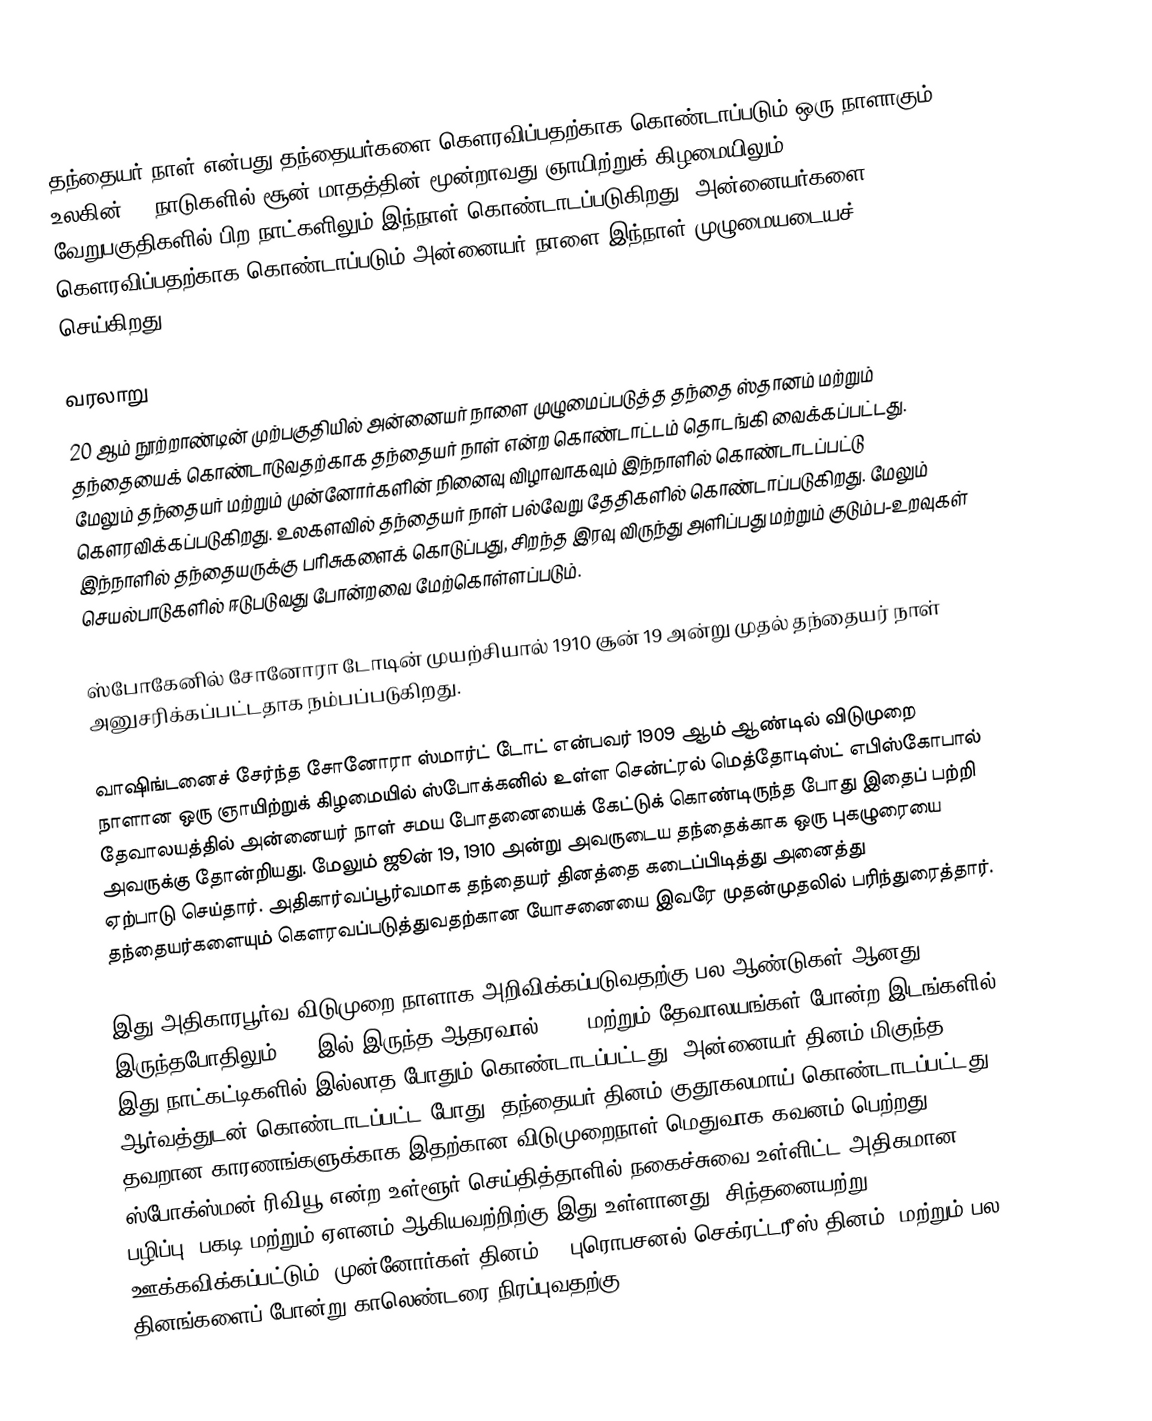
தந்தையர் நாள் என்பது தந்தையர்களை கெளரவிப்பதற்காக கொண்டாப்படும் ஒரு நாளாகும். உலகின் 52 நாடுகளில் சூன் மாதத்தின் மூன்றாவது ஞாயிற்றுக் கிழமையிலும் வேறுபகுதிகளில் பிற நாட்களிலும் இந்நாள் கொண்டாடப்படுகிறது. அன்னையர்களை கெளரவிப்பதற்காக கொண்டாப்படும் அன்னையர் நாளை இந்நாள் முழுமையடையச் செய்கிறது.

வரலாறு
20 ஆம் நூற்றாண்டின் முற்பகுதியில் அன்னையர் நாளை முழுமைப்படுத்த தந்தை ஸ்தானம் மற்றும் தந்தையைக் கொண்டாடுவதற்காக தந்தையர் நாள் என்ற கொண்டாட்டம் தொடங்கி வைக்கப்பட்டது. மேலும் தந்தையர் மற்றும் முன்னோர்களின் நினைவு விழாவாகவும் இந்நாளில் கொண்டாடப்பட்டு கெளரவிக்கப்படுகிறது. உலகளவில் தந்தையர் நாள் பல்வேறு தேதிகளில் கொண்டாப்படுகிறது. மேலும் இந்நாளில் தந்தையருக்கு பரிசுகளைக் கொடுப்பது, சிறந்த இரவு விருந்து அளிப்பது மற்றும் குடும்ப-உறவுகள் செயல்பாடுகளில் ஈடுபடுவது போன்றவை மேற்கொள்ளப்படும்.

ஸ்போகேனில் சோனோரா டோடின் முயற்சியால் 1910 சூன் 19 அன்று முதல் தந்தையர் நாள் அனுசரிக்கப்பட்டதாக நம்பப்படுகிறது.

வாஷிங்டனைச் சேர்ந்த சோனோரா ஸ்மார்ட் டோட் என்பவர் 1909 ஆம் ஆண்டில் விடுமுறை நாளான ஒரு ஞாயிற்றுக் கிழமையில் ஸ்போக்கனில் உள்ள சென்ட்ரல் மெத்தோடிஸ்ட் எபிஸ்கோபால் தேவாலயத்தில் அன்னையர் நாள் சமய போதனையைக் கேட்டுக் கொண்டிருந்த போது இதைப் பற்றி அவருக்கு தோன்றியது. மேலும் ஜூன் 19, 1910 அன்று அவருடைய தந்தைக்காக ஒரு புகழுரையை ஏற்பாடு செய்தார். அதிகார்வப்பூர்வமாக தந்தையர் தினத்தை கடைப்பிடித்து அனைத்து தந்தையர்களையும் கெளரவப்படுத்துவதற்கான யோசனையை இவரே முதன்முதலில் பரிந்துரைத்தார்.

இது அதிகாரபூர்வ விடுமுறை நாளாக அறிவிக்கப்படுவதற்கு பல ஆண்டுகள் ஆனது. இருந்தபோதிலும் YWCAஇல் இருந்த ஆதரவால் YMCA மற்றும் தேவாலயங்கள் போன்ற இடங்களில் இது நாட்கட்டிகளில் இல்லாத போதும் கொண்டாடப்பட்டது. அன்னையர் தினம் மிகுந்த ஆர்வத்துடன் கொண்டாடப்பட்ட போது, தந்தையர் தினம் குதூகலமாய் கொண்டாடப்பட்டது. தவறான காரணங்களுக்காக இதற்கான விடுமுறைநாள் மெதுவாக கவனம் பெற்றது. ஸ்போக்ஸ்மன்-ரிவியூ என்ற உள்ளூர் செய்தித்தாளில் நகைச்சுவை உள்ளிட்ட அதிகமான பழிப்பு, பகடி மற்றும் ஏளனம் ஆகியவற்றிற்கு இது உள்ளானது. சிந்தனையற்று ஊக்கவிக்கப்பட்டும் "முன்னோர்கள் தினம்", "புரொபசனல் செக்ரட்டரீஸ் தினம்" மற்றும் பல தினங்களைப் போன்று காலெண்டரை நிரப்புவதற்கு